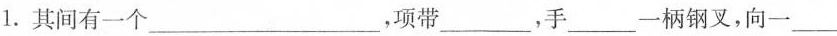
1.其间有一个___，项带___，手___-柄钢叉，向一___